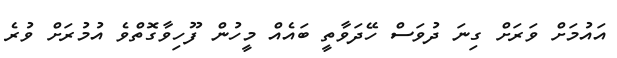
އައުމަށް ވަރަށް ގިނަ ދުވަސް ހޭދަވާތީ ބައެއް މީހުން ފޫހިވާގޮތްވެ އުމުރަށް ވުރެ